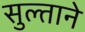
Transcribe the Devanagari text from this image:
सुल्ताने